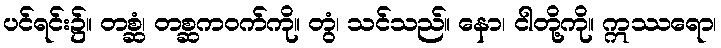
ပင်ရင်း၌။ တစ္ဆံ၊ တစ္ဆကဝက်ကို။ တွံ၊ သင်သည်။ နော၊ ငါတို့ကို။ ဣဿရော၊